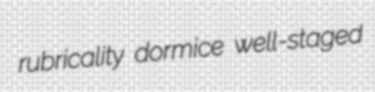
rubricality dormice well-staged